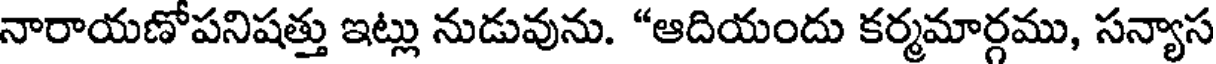
నారాయణోపనిషత్తు ఇట్లు నుడువును. "ఆదియందు కర్మమార్గము, సన్యాస